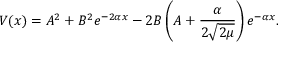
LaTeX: V ( x ) = A ^ { 2 } + B ^ { 2 } e ^ { - 2 \alpha x } - 2 B \left( A + \frac { \alpha } { 2 \sqrt { 2 \mu } } \right) e ^ { - \alpha x } .